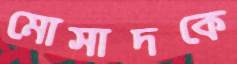
মোসাদকে